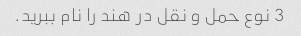
3 نوع حمل و نقل در هند را نام ببرید.